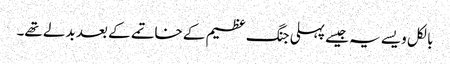
بالکل ویسے یہ جیسے پہلی جنگ عظیم کے خاتمے کے بعد بدلے تھے۔